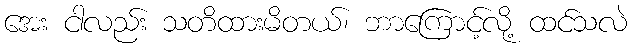
အေး ငါလည်း သတိထားမိတယ်၊ ဘာကြောင့်လို့ ထင်သလဲ